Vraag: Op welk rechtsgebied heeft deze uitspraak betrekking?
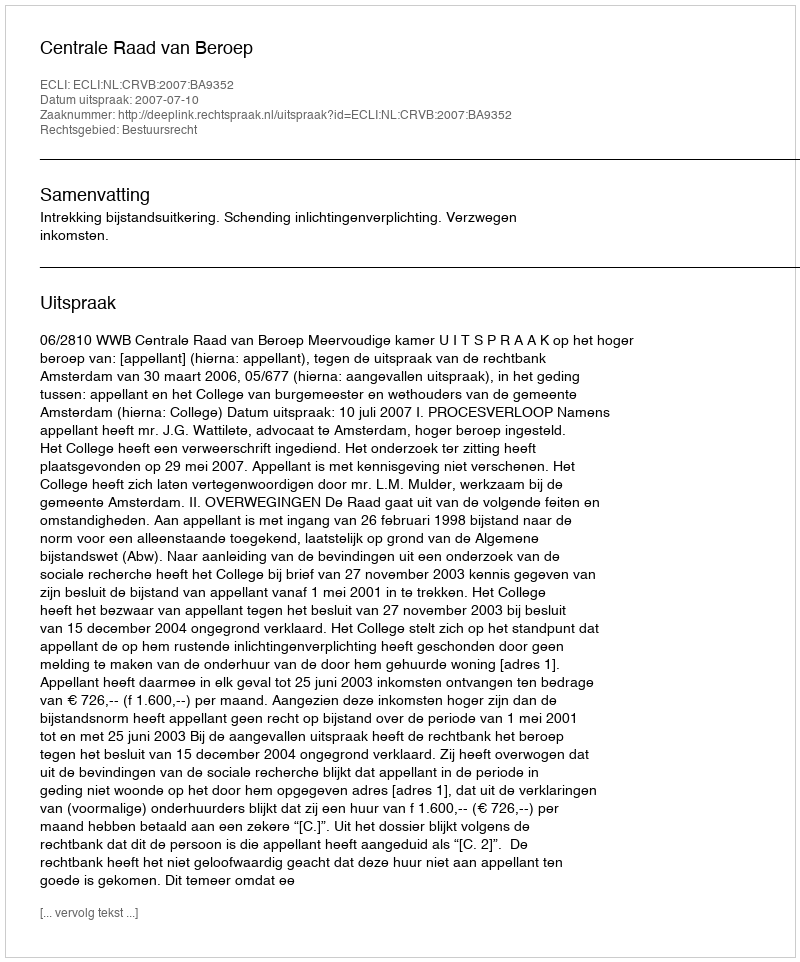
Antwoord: Bestuursrecht